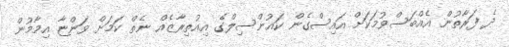
ދެ ފަރާތުން އެއްބަސްވުމަކަށް އައިސްގެން ކައުންސިލްގެ އިއުތިރާޒެއް ނެތް ކަމަށް ވަންޏާ އިމާމުން